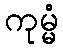
ကုမ္မံ